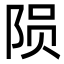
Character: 陨